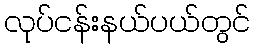
လုပ်ငန်းနယ်ပယ်တွင်